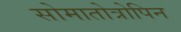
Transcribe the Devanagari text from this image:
सोमातोत्रोपिन